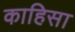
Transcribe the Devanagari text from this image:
काहिसा